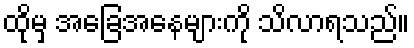
ထိုမှ အခြေအနေများကို သိလာရသည်။